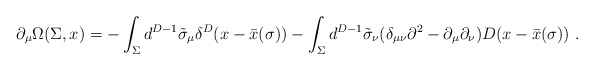
\begin{align*}\partial_{\mu } \Omega (\Sigma ,x) =-\int_{\Sigma } d^{D-1} \tilde{\sigma }_{\mu }\delta^{D} (x-\bar{x} (\sigma ) ) -\int_{\Sigma } d^{D-1} \tilde{\sigma }_{\nu }(\delta_{\mu \nu } \partial^{2} - \partial_{\mu } \partial_{\nu } )D(x-\bar{x} (\sigma ) ) \ .\end{align*}